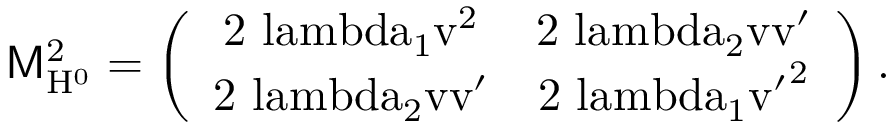
\mathrm { { \sf M } _ { H ^ { 0 } } ^ { 2 } = \left( \begin{array} { c c } { { 2 \ l a m b d a _ { 1 } v ^ { 2 } } } & { { 2 \ l a m b d a _ { 2 } v v ^ { \prime } } } \\ { { 2 \ l a m b d a _ { 2 } v v ^ { \prime } } } & { { 2 \ l a m b d a _ { 1 } { v ^ { \prime } } ^ { 2 } } } \end{array} \right) . }